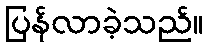
ပြန်လာခဲ့သည်။